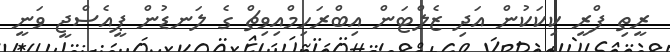
ރީތި ފްރީ ކިކަކުން އަދި ޒެލްޓަން އިބްރަހިމްއިވިޗް ގެ ލަނޑުން ޕީއެސްޖީ ވަނީ